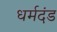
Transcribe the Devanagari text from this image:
धर्मदंड